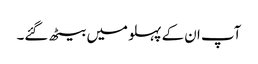
آپ ان کے پہلو میں بیٹھ گئے۔